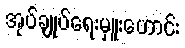
အုပ်ချုပ်ရေးမှူးဟောင်း